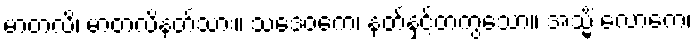
မာတလိ၊ မာတလိနတ်သား။ သဒေဝကေ၊ နတ်နှင့်တကွသော။ အသ္မိံ လောကေ၊